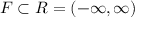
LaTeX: F \subset \textstyle R = ( - \infty , \infty )